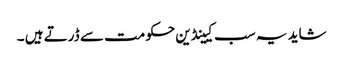
شاید یہ سب کیینڈین حکومت سے ڈرتے ہیں ۔